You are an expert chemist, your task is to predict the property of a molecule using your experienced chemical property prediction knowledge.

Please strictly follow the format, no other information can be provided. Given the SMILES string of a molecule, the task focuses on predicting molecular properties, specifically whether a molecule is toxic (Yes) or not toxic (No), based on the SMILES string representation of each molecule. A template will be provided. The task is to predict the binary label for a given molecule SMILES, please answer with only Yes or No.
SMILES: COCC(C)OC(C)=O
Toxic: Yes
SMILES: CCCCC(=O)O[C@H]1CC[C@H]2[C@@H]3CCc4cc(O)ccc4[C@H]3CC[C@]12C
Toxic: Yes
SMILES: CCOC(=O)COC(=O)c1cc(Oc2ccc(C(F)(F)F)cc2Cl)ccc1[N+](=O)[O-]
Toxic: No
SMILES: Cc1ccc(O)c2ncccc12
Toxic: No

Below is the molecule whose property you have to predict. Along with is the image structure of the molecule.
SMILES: C=C(C)[C@@H]1CCC2=CCC[C@@H](C)[C@]2(C)C1
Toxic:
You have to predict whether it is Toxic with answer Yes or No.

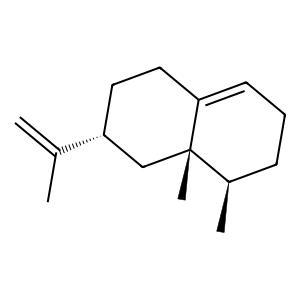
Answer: No